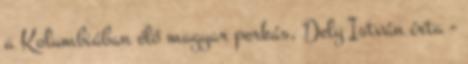
a Kolumbiában élő magyar perkás, Dely István írta -